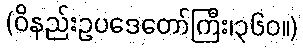
(ဝိနည်းဥပဒေတော်ကြီး၊၃၆၀။)